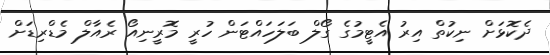
ދެކޮޅަށް ނިކުތް އިރު އެޓީމުގެ ގޯލް ބަލަހައްޓަން ހުރީ މޮރީނިއޯ ރެއާލް މެޑްރިޑަށް